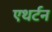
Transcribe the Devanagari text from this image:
एथर्टन